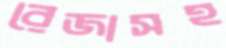
রেজাসহ